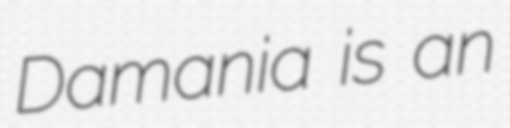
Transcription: Damania is an